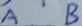
A B